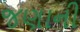
જણાની